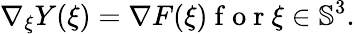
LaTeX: \nabla_{\xi}Y(\xi)=\nabla F(\xi)\mathrm{~f~o~r~}\xi\in{\mathbb S}^{3}.